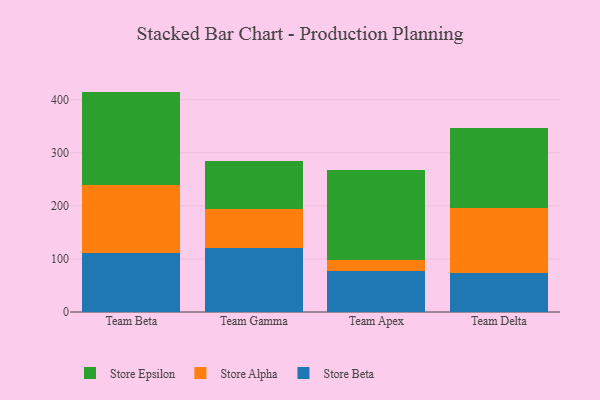
{"axis": {"x": "Team", "y": "Revenue (USD Million)"}, "legend": ["Store Alpha", "Store Beta", "Store Epsilon"], "data": [{"x": "Team Beta", "y": 111.8, "type": "Store Beta"}, {"x": "Team Beta", "y": 128.1, "type": "Store Alpha"}, {"x": "Team Beta", "y": 175.2, "type": "Store Epsilon"}, {"x": "Team Gamma", "y": 119.7, "type": "Store Beta"}, {"x": "Team Gamma", "y": 73.7, "type": "Store Alpha"}, {"x": "Team Gamma", "y": 90.4, "type": "Store Epsilon"}, {"x": "Team Apex", "y": 77.4, "type": "Store Beta"}, {"x": "Team Apex", "y": 20.6, "type": "Store Alpha"}, {"x": "Team Apex", "y": 169.8, "type": "Store Epsilon"}, {"x": "Team Delta", "y": 73.4, "type": "Store Beta"}, {"x": "Team Delta", "y": 123.3, "type": "Store Alpha"}, {"x": "Team Delta", "y": 149.9, "type": "Store Epsilon"}]}